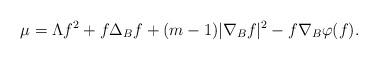
LaTeX: \begin{align*}\mu=\Lambda f^{2}+f \Delta_{B} f+(m-1)|\nabla_{B} f|^{2}-f \nabla_{B} \varphi(f).\end{align*}